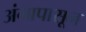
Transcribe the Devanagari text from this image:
अंगापासून